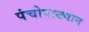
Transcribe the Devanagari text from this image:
पंचोपाख्यान